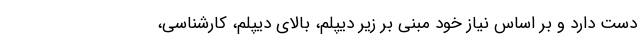
دست دارد و بر اساس نیاز خود مبنی بر زیر دیپلم، بالای دیپلم، کارشناسی،